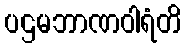
ပဌမဘာဏဝါရံတိ